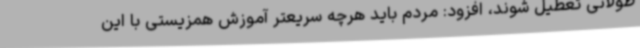
طولانی تعطیل شوند، افزود: مردم باید هرچه سریعتر آموزش همزیستی با این